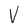
Character: V